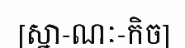
[ស្នា-ណៈ-កិច]